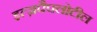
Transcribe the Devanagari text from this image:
इत्ज़पैपलोटील